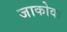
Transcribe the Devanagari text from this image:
जाकोवा